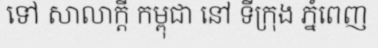
ទៅ សាលាក្តី កម្ពុជា នៅ ទីក្រុង ភ្នំពេញ